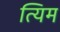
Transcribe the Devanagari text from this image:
त्यिम